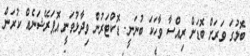
ބޮލުގަ ވަރަށް ބޮޑަށް ރިއްސާ ވާހަކަ ބުނަނީ. ޑޮކްޓަރުން ވިދާޅުވަނީ އޮޕަރޭޝަނެއް ކުރަން